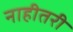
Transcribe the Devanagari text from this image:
नाहीतरी